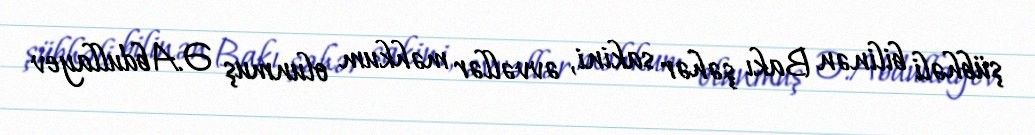
şübhəli bilinən Bakı şəhər sakini, əvvəllər məhkum olunmuş Ə.Abdullayev